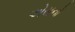
એસનો